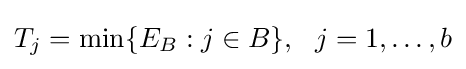
T_{j}=\min\{E_{B}:j\in B\},\ \ j=1,\ldots ,b